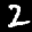
Label: 2